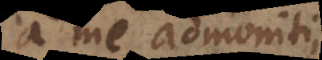
a me admoniti,